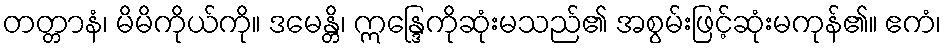
တတ္တာနံ၊ မိမိကိုယ်ကို။ ဒမေန္တိ၊ ဣန္ဒြေကိုဆုံးမသည်၏ အစွမ်းဖြင့်ဆုံးမကုန်၏။ ဧကံ၊